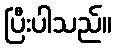
ပြီးပါသည်။